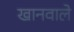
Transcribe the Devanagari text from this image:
खानवाले